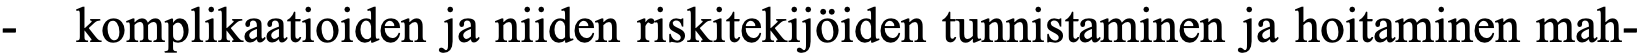
-  komplikaatioiden ja niiden riskitekijöiden tunnistaminen ja hoitaminen mah-